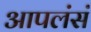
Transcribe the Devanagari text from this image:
आपलंसं